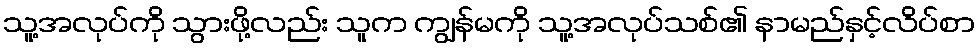
သူ့အလုပ်ကို သွားဖို့လည်း သူက ကျွန်မကို သူ့အလုပ်သစ်၏ နာမည်နှင့်လိပ်စာ